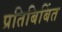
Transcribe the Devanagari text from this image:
प्रतिबिबिंत